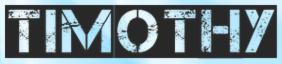
TIMOTHY